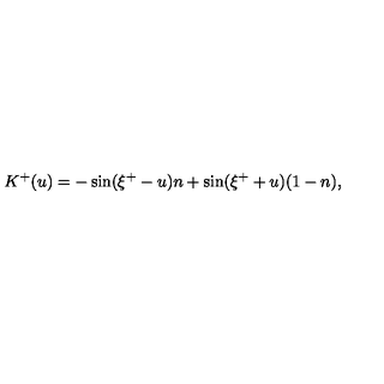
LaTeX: K ^ { + } ( u ) = - \sin ( \xi ^ { + } - u ) n + \sin ( \xi ^ { + } + u ) ( 1 - n ) ,